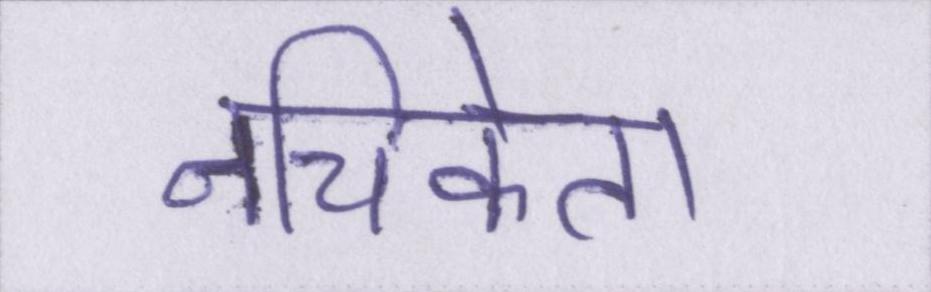
नचिकेता